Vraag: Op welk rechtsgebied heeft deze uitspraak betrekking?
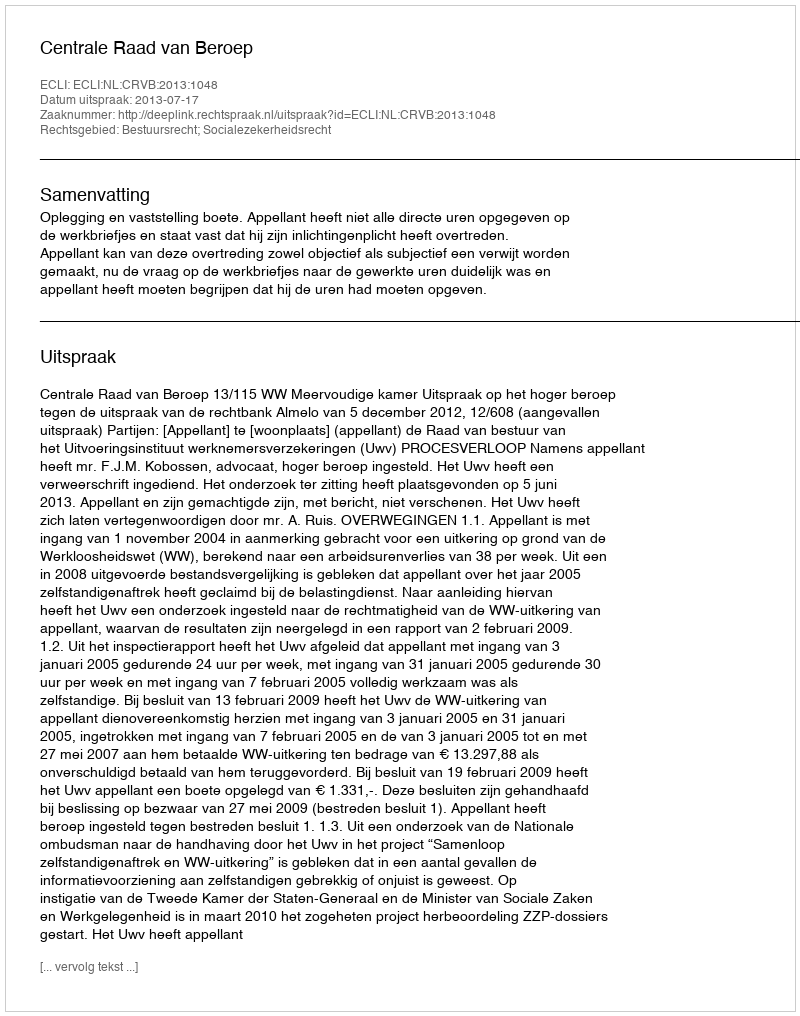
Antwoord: Bestuursrecht; Socialezekerheidsrecht